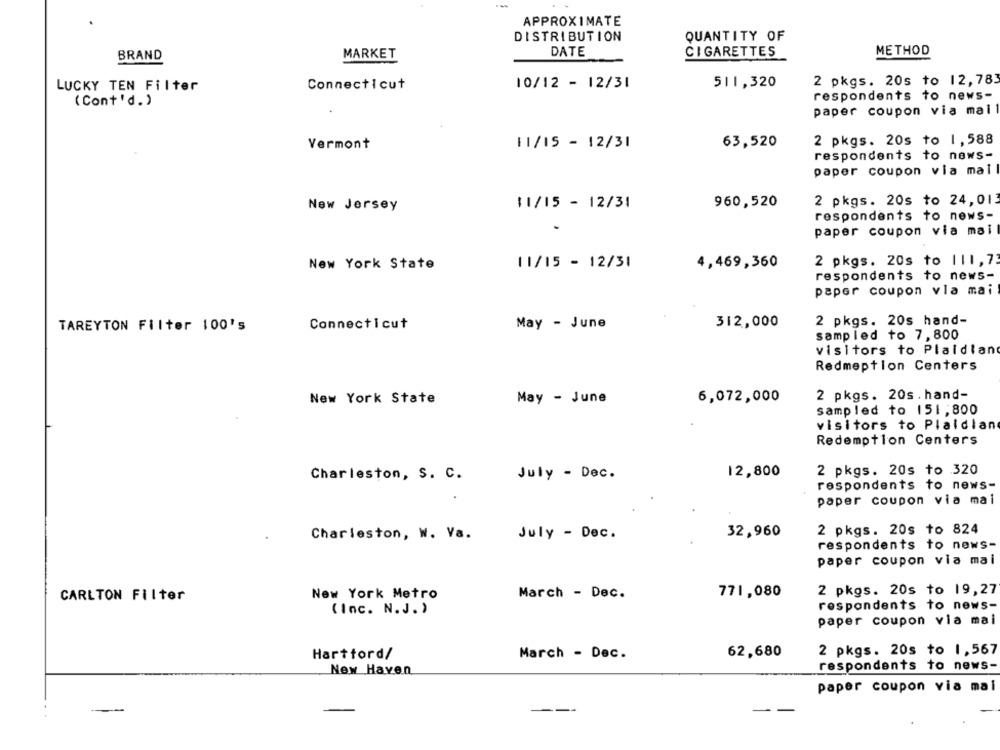
APPROXIMATE
DISTRIBUTION
QUANTITY OF
DATE
METHOD
BRAND
MARKET
CIGARETTES
2 pkgs. 20s to 12,783
LUCKY TEN Filter
Connecticut
10/12 - 12/31
511,320
respondents to news-
(Cont'd.)
paper coupon via mal
63,520
2 pkgs. 20s to 1,588
Vermont
11/15 - 12/31
respondents to news-
paper coupon via mail
960,520
2 pkgs. 20s to 24,013
New Jersey
$1/15 - 12/31
respondents to news-
paper coupon via mail
2 pkgs. 20s to ||1,73
New York State
11/15 - 12/31
4,469,360
respondents to news-
paper coupon vla mai
2 pkgs. 20s hand-
TAREYTON Filter 100's
Connecticut
May - June
312,000
sampled to 7,800
visitors to Plaidlan
Redmeption Centers
6,072,000
2 pkgs. 20s. hand-
New York State
May - June
sampled to 151,800
visitors to Plaidlan
Redemption Centers
12,800
2 pkgs. 20s to 320
Charleston, S. C.
July - Dec.
respondents to news-
paper coupon via mai
32,960
2 pkgs. 20s to 824
Charleston, W. Va.
July - Dec.
respondents to news-
paper coupon via mai
771,080
2 pkgs. 20s to 19,27
CARLTON Filter
New York Metro
March - Dec.
respondents to news-
(Inc. N.J. )
paper coupon via mai
62,680
2 pkgs. 20s to 1,567
Hartford/
March - Dec.
respondents to news-
New Haven
paper coupon via mal
-